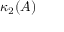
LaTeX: \kappa _ { 2 } ( A )